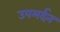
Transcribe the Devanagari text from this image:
उपमर्दन